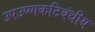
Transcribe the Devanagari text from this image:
उपउष्णकटिबंधीय